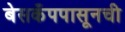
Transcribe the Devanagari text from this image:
बेसकँपपासूनची